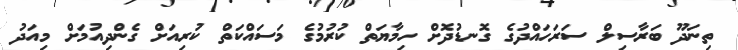
ތިނަދޫ ބަރާސިލް ސަރަހައްދުގެ ގޮނޑުދޮށް ހިމާޔަތް ކުރުމުގެ މަސައްކަތް ކުރިއަށް ގެންދިއުމަށް މިއަދު